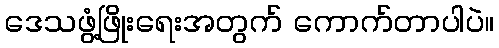
ဒေသဖွံ့ဖြိုးရေးအတွက် ကောက်တာပါပဲ။